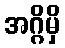
အဂ္ဂိမှိ